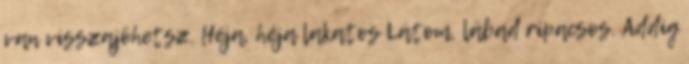
van visszajöhetsz. Héja, héja lakatos Látom, lábad ripacsos. Addig